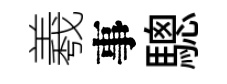
羲事驄